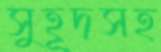
সুহূদসহ